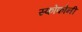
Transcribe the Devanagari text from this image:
स्कोफोनी